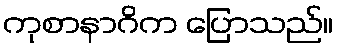
ကုစာနာဂိက ပြောသည်။